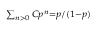
\scriptstyle \sum _ { n > 0 } C p ^ { n } = p / ( 1 - p )